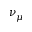
\nu _ { \mu }